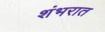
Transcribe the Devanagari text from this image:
शंभरात